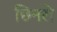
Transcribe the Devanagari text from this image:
छिनरो